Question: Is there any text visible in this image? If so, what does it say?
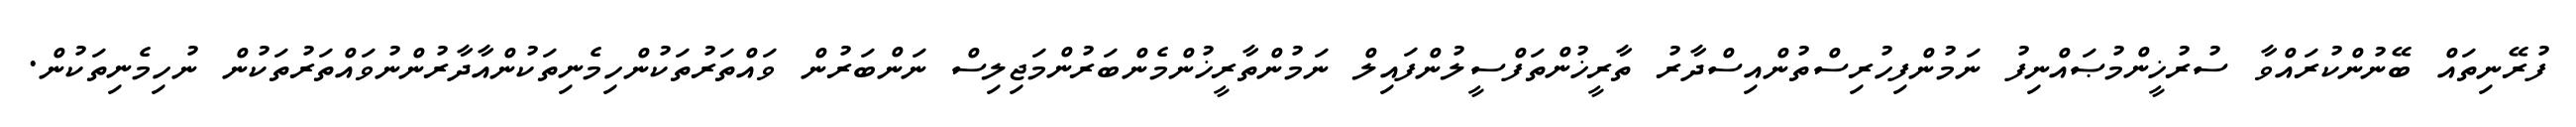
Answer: ފުރޭނިތައް ބޭނުންކުރައްވާ ސުރުޚީންމުޞައްނިފު ނަމުންފިހުރިސްތުންއިސްދާރު ތާރީޚުންތަފްސީލުންފައިލް ނަމުންތާރީޚުންމެންބަރުންމަޖިލިސް ނަންބަރުން ވައްތަރުތަކުންހިމެނިތަކުންއާދާރުންނުވައްތަރުތަކުން ނުހިމެނިތަކުން.